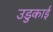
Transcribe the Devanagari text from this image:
उडुकाई